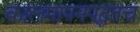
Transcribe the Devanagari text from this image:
कालमापनपद्धतच